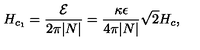
H _ { c _ { 1 } } = { \frac { \cal E } { 2 \pi | N | } } = { \frac { \kappa \epsilon } { 4 \pi | N | } } \sqrt { 2 } H _ { c } ,